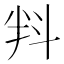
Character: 㪵